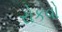
રોકવો